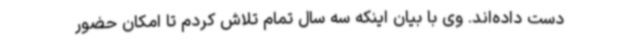
دست داده‌اند. وی با بیان اینکه سه سال تمام تلاش کردم تا امکان حضور